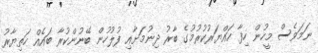
ނަމަވެސް މީހުން ހިފާ ހައްޔަރުކުރުމުގެ ބާރު ދިނުމަށާއި ފުލުހުން ބޭނުންކުރާ ބައެއް ހަތިޔާރު